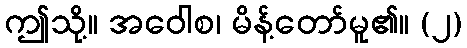
ဤသို့။ အဝေါစ၊ မိန့်တော်မူ၏။ (၂)